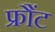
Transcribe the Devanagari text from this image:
फ्रौंट